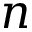
n